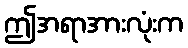
ဤအရာအားလုံးက